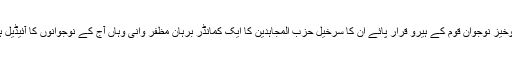
یہ نوخیز نوجوان قوم کے ہیرو قرار پائے ان کا سرخیل حزب المجاہدین کا ایک کمانڈر برہان مظفر وانی وہاں آج کے نوجوانوں کا آئیڈیل ہے ۔